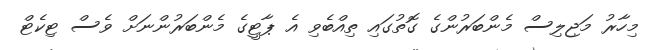
މިހާރު މަޖިލިސް މެންބަރުންގެ ގޮތުގައި ތިއްބެވި އެ ޕާޓީގެ މެންބަރުންނަށް ވެސް ޓިކެޓް